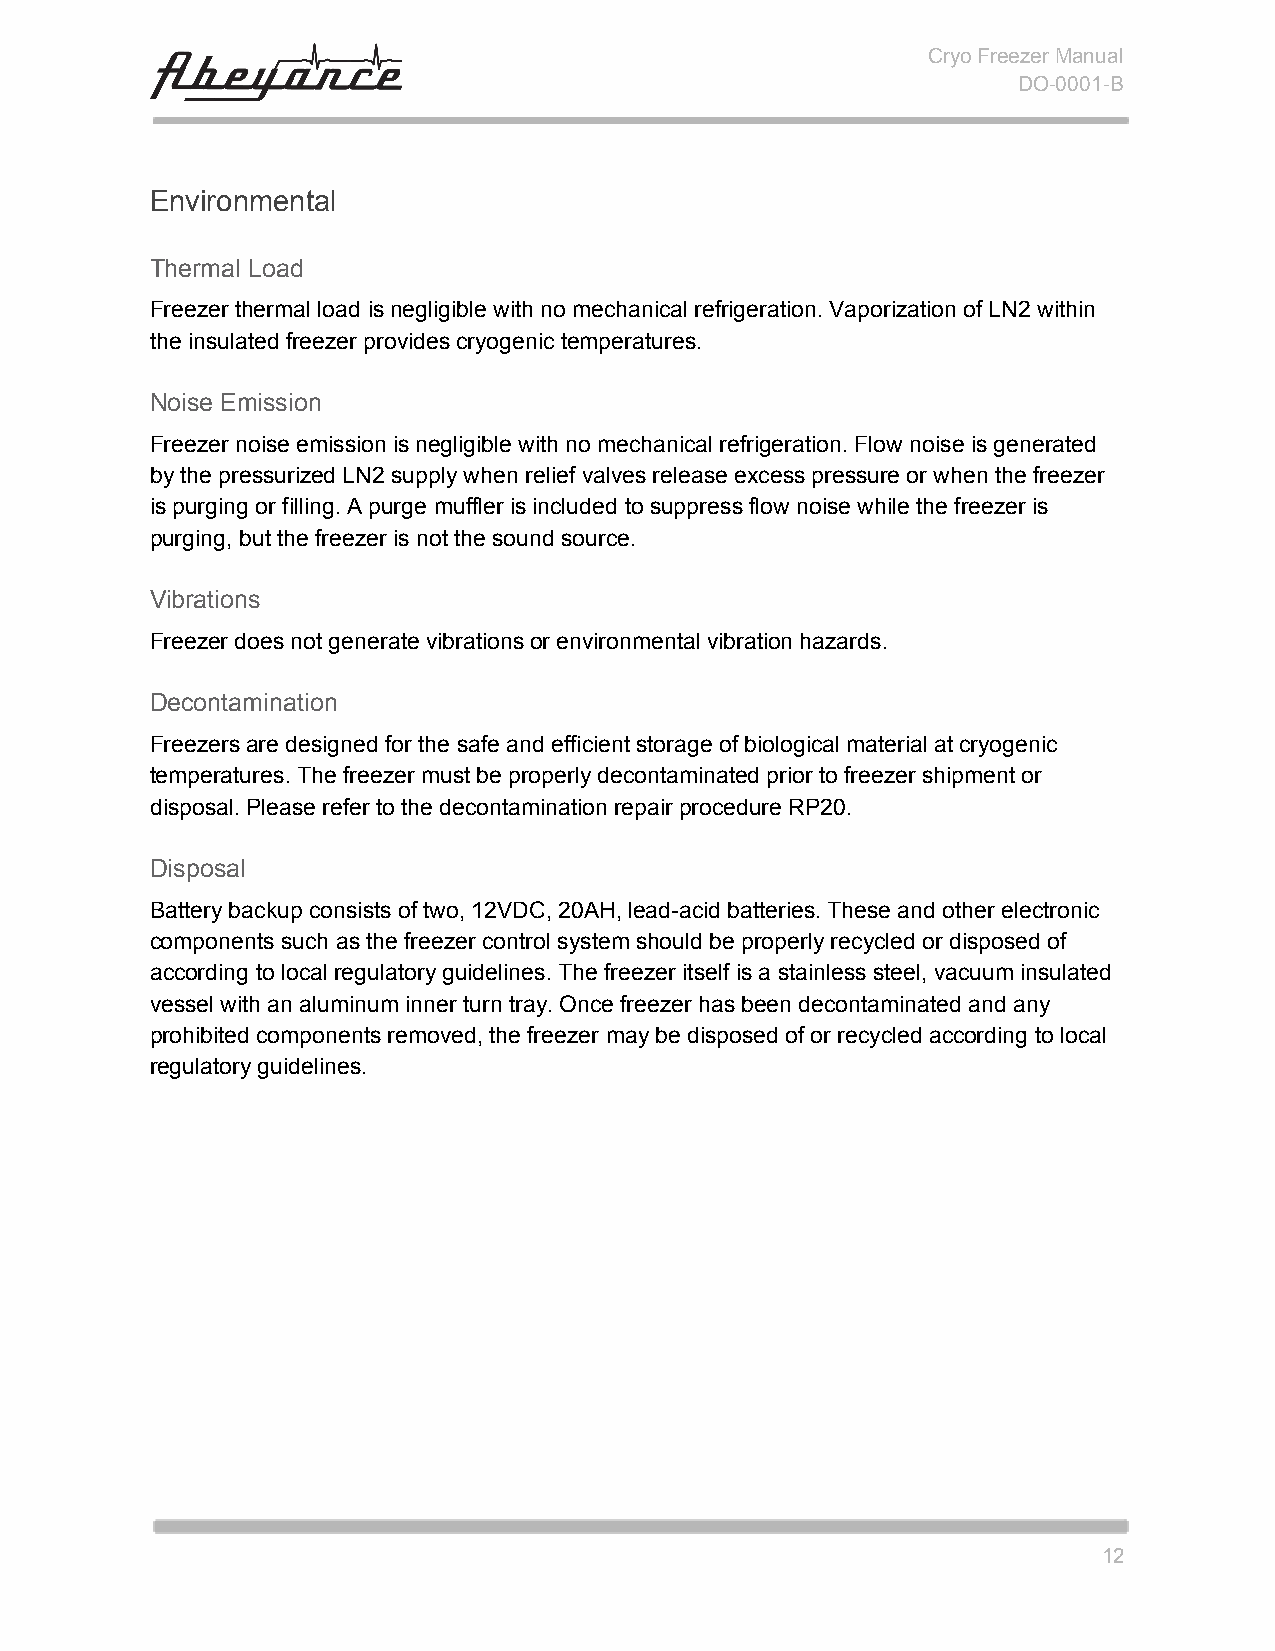
Cryo Freezer Manual
 DO-0001-B
 Environmental
 Thermal Load
 Freezer thermal load is negligible with no mechanical refrigeration. Vaporization of LN2 within
 the insulated freezer provides cryogenic temperatures.
 Noise Emission
 Freezer noise emission is negligible with no mechanical refrigeration. Flow noise is generated
 by the pressurized LN2 supply when relief valves release excess pressure or when the freezer
 is purging or filling. A purge muffler is included to suppress flow noise while the freezer is
 purging, but the freezer is not the sound source.
 Vibrations
 Freezer does not generate vibrations or environmental vibration hazards.
 Decontamination
 Freezers are designed for the safe and efficient storage of biological material at cryogenic
 temperatures. The freezer must be properly decontaminated prior to freezer shipment or
 disposal. Please refer to the decontamination repair procedure RP20.
 Disposal
 Battery backup consists of two, 12VDC, 20AH, lead-acid batteries. These and other electronic
 components such as the freezer control system should be properly recycled or disposed of
 according to local regulatory guidelines. The freezer itself is a stainless steel, vacuum insulated
 vessel with an aluminum inner turn tray. Once freezer has been decontaminated and any
 prohibited components removed, the freezer may be disposed of or recycled according to local
 regulatory guidelines.
 12